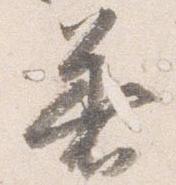
着